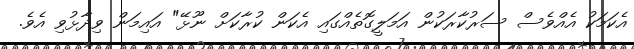
އެކަމަކު އެއްވެސް ސަރުކާރަކުން އަމަލީގޮތެއްގައި އެކަން ކުރާކަށް ނޫޅޭ" އައިމަން ވިދާޅުވި އެވެ.